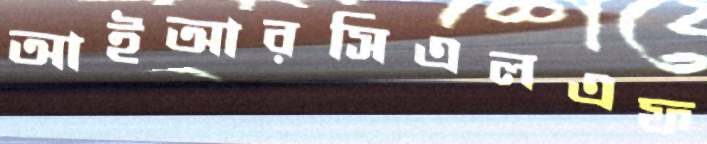
আইআরসিএলএফ